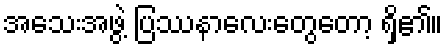
အသေးအဖွဲ့ ပြဿနာလေးတွေတော့ ရှိ၏။